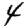
Digit: 4